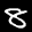
Label: 8